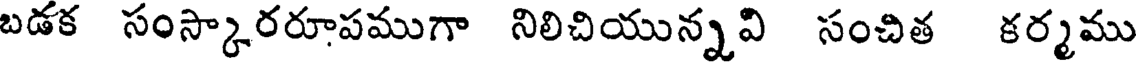
బడక సంస్కారరూపముగా నిలిచియున్నవి సంచిత కర్మము